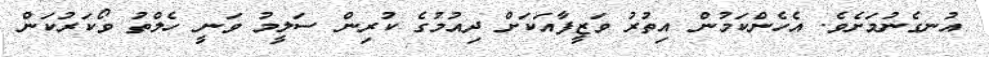
އުނގެނުމަށެވެ. އެހެންކަމުން އިތުރު ވަޒީފާއަކަށް ދިއުމުގެ ކުރިން ސަލީމު ވަނީ ހެލްތު ވޯކަރުކަން